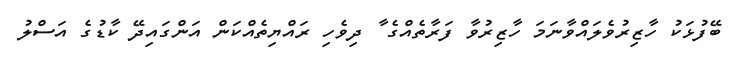
ބޭފުޅަކު ހާޒިރުވެލައްވާނަމަ ހާޒިރުވާ ފަރާތެއްގެ ާ ދިވެހި ރައްޔިތެއްކަން އަންގައިދޭ ކާޑުގެ އަސްލު